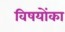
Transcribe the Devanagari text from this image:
विषयोंका